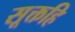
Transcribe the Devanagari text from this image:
सूक्तहि